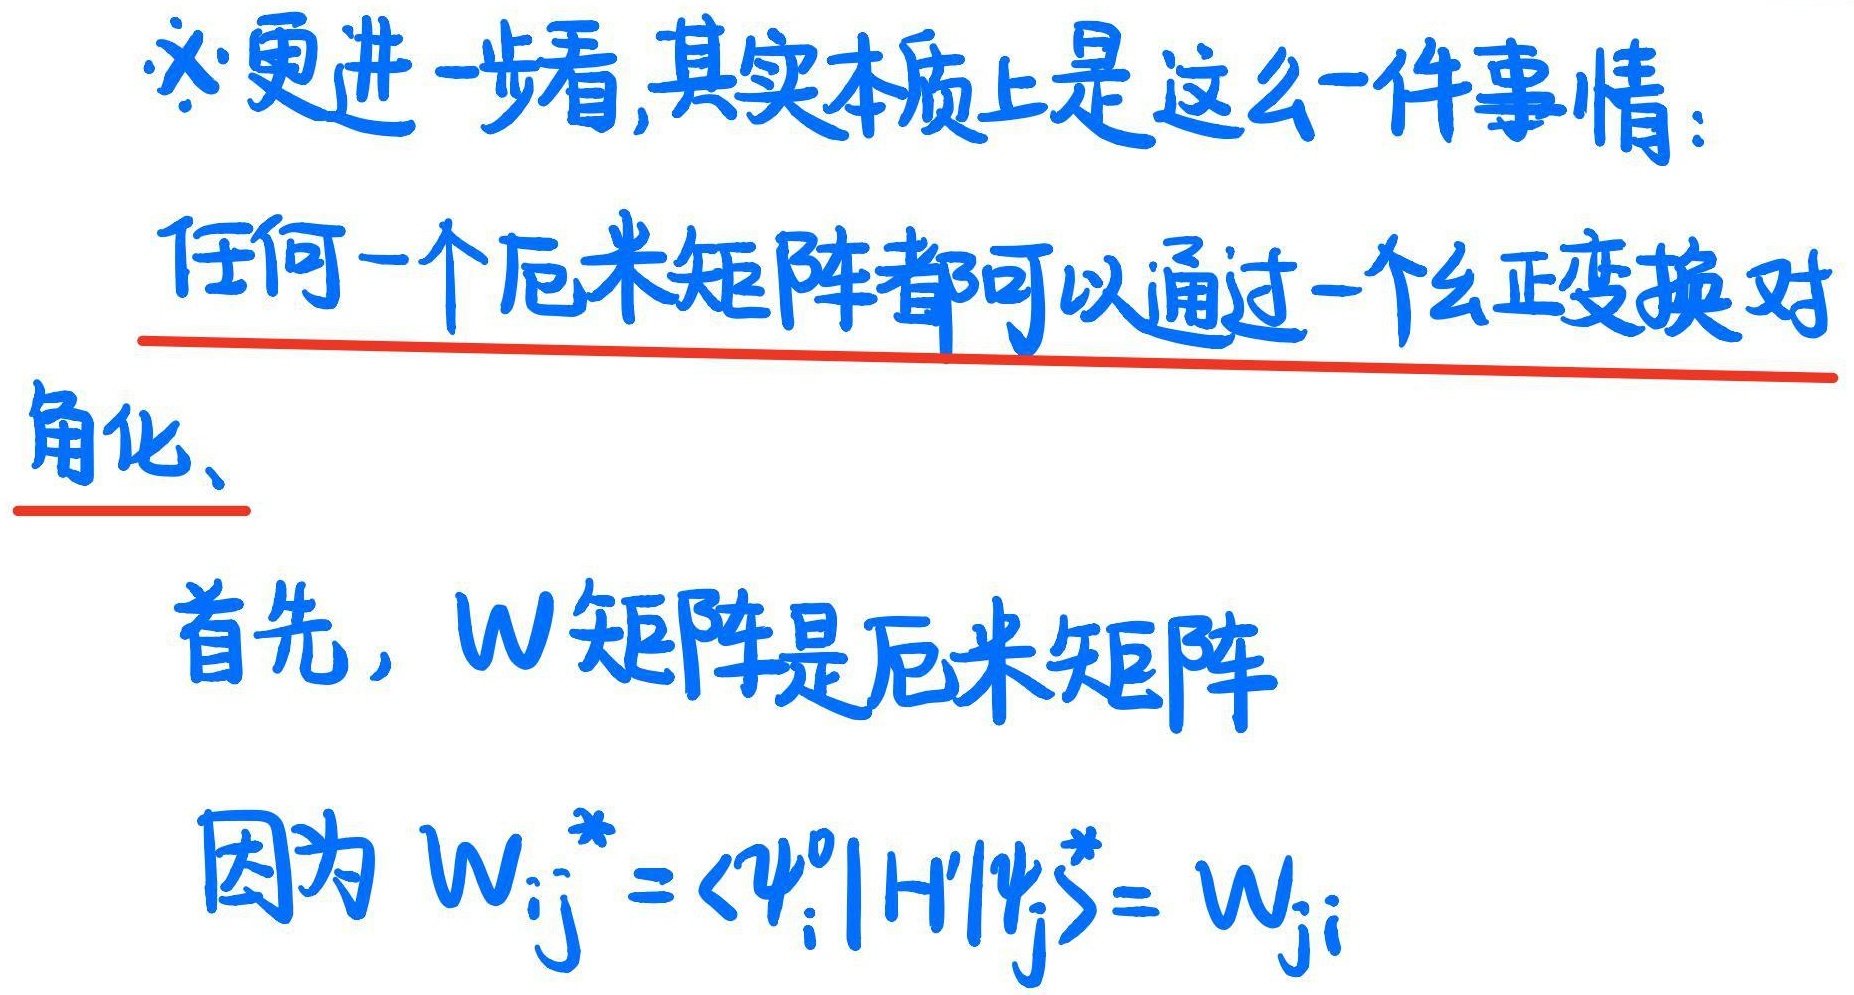
必更进一步看，其实本质上是这么一件事情：任何一个厄米矩阵都可以通过一个幺正变换对角化。首先，\(W\)矩阵是厄米矩阵，因为 \(W_{ij}^* = \langle \psi_i^0 | H' | \psi_j^0 \rangle^* = W_{ji}\)